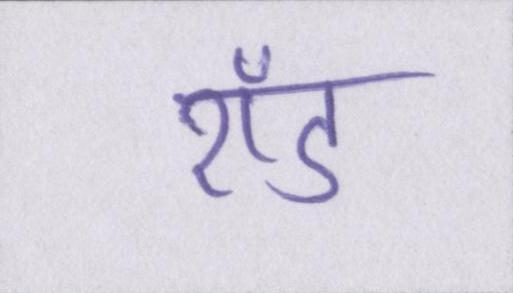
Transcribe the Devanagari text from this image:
रॉड